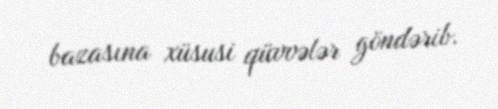
bazasına xüsusi qüvvələr göndərib.